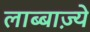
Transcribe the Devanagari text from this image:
लाब्बाज़्ये